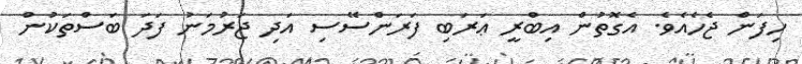
ހިފަން ޖެހެއެވެ. އެގޮތުން އިބްރީ ޢަރަބި ފަރަންސޭސި އަދި ޖަރުމަނު ފަދަ ބަސްތަކުން